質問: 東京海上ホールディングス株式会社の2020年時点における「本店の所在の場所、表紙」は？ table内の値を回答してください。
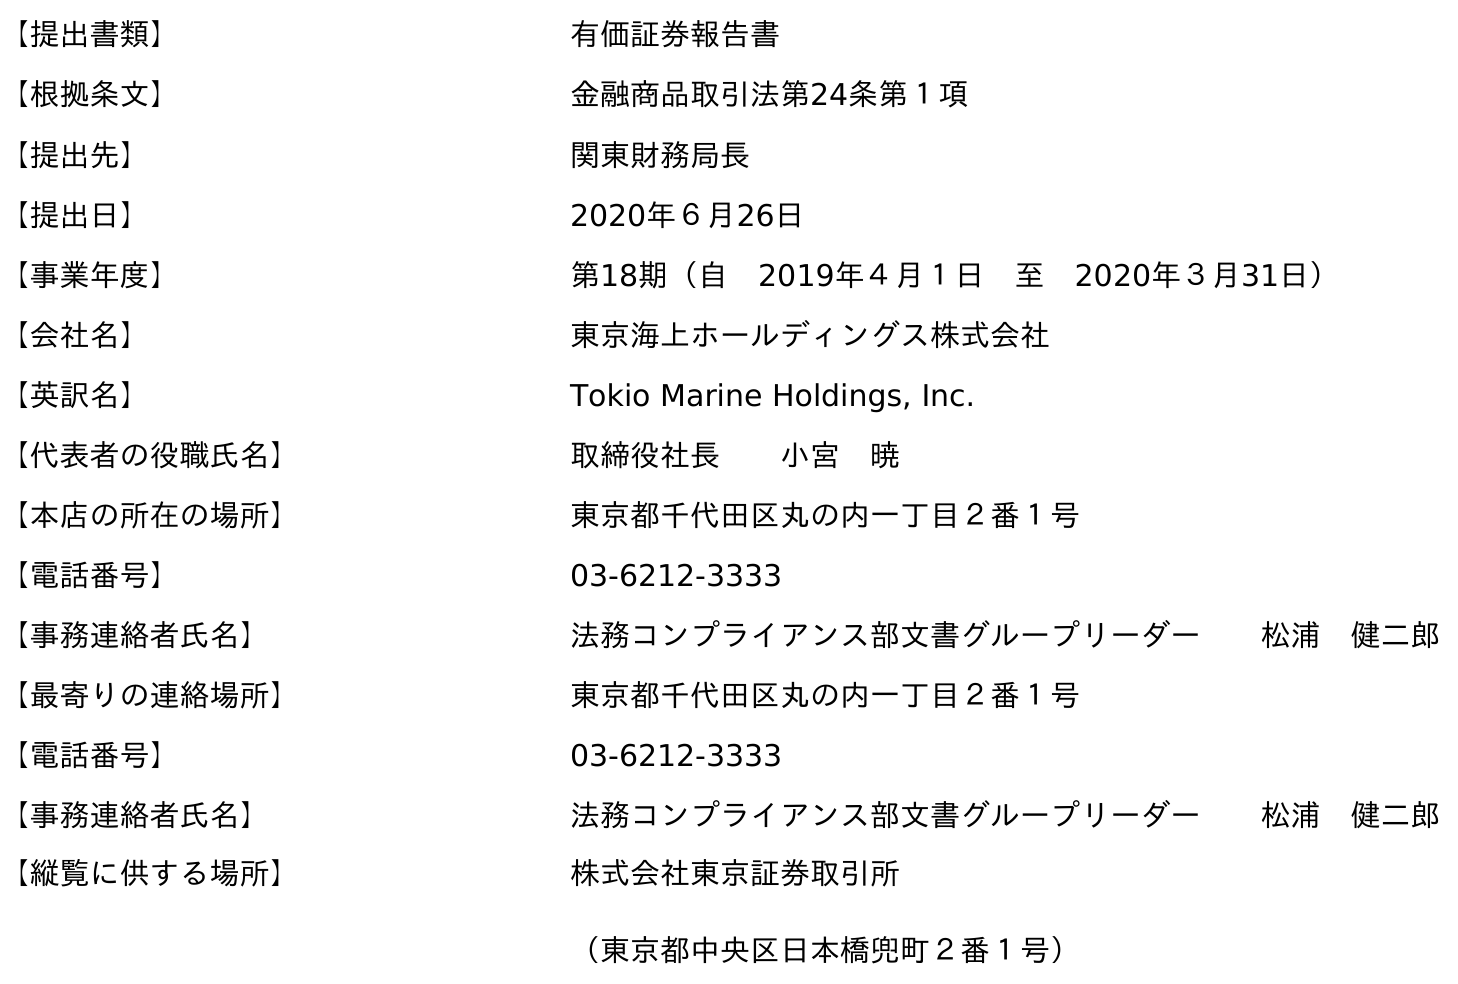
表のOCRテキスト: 【提出書類】 有価証券報告書 【根拠条文】 金融商品取引法第24条第１項 【提出先】 関東財務局長 【提出日】 2020年６月26日 【事業年度】 第18期（自 2019年４月１日 至 2020年３月31日） 【会社名】 東京海上ホールディングス株式会社 【英訳名】 Tokio Marine Holdings, Inc. 【代表者の役職氏名】 取締役社長  小宮 暁 【本店の所在の場所】 東京都千代田区丸の内一丁目２番１号 【電話番号】 03-6212-3333 【事務連絡者氏名】 法務コンプライアンス部文書グループリーダー  松浦 健二郎 【最寄りの連絡場所】 東京都千代田区丸の内一丁目２番１号 【電話番号】 03-6212-3333 【事務連絡者氏名】 法務コンプライアンス部文書グループリーダー  松浦 健二郎 【縦覧に供する場所】 株式会社東京証券取引所 （東京都中央区日本橋兜町２番１号）
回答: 東京都千代田区丸の内一丁目２番１号